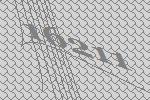
16211